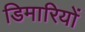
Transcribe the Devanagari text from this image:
डिमारियों